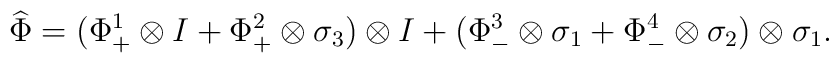
\widehat{\Phi}=(\Phi_+^1\otimes I+\Phi_+^2\otimes\sigma_3)\otimes I+(\Phi_-^3\otimes\sigma_1+\Phi_-^4\otimes\sigma_2)\otimes\sigma_1.